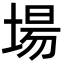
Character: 場